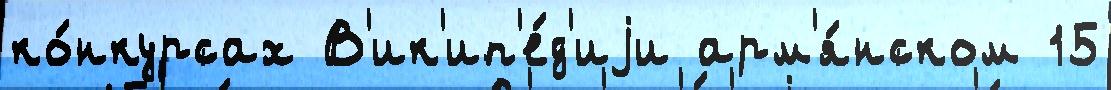
ко́нкурсах В'ик'ип'е́д'иjи арм'я́нском 15